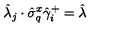
\hat { \lambda } _ { j } \cdot \hat { \sigma } _ { q } ^ { x } \hat { \gamma } _ { i } ^ { + } = \hat { \lambda }